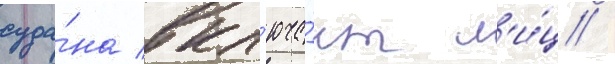
суда́на вкл'юча́ет л'и́ц /